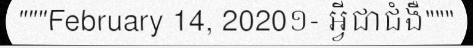
"""February 14, 2020១- អ្វីជាជំងឺ"""